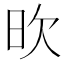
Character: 欥